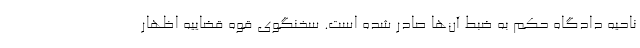
ناحیه دادگاه حکم به ضبط آن‌ها صادر شده است. سخنگوی قوه قضاییه اظهار